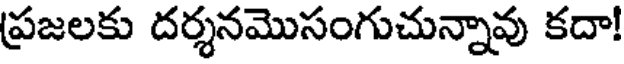
ప్రజలకు దర్శనమొసంగుచున్నావు కదా!